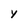
Character: y